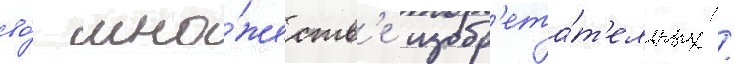
во́ мно́жеств'е изобр'ета́т'ельных /